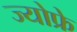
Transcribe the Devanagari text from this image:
ज्योफ्रे